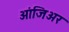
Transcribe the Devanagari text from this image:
आंजिअर